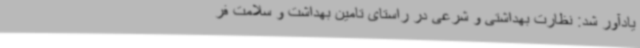
یادآور شد: نظارت بهداشتی و شرعی در راستای تامین بهداشت و سلامت فر